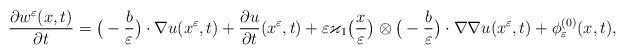
LaTeX: \begin{align*}\frac{\partial w^{\varepsilon}(x, t)}{\partial t} =\big( - \frac{b}{\varepsilon} \big) \cdot \nabla u (x^\varepsilon, t) + \frac{\partial u}{\partial t} (x^\varepsilon, t) + \varepsilon \varkappa_1 \big(\frac{x}{\varepsilon}\big)\otimes \big( - \frac{b}{\varepsilon} \big) \cdot \nabla \nabla u (x^\varepsilon, t) + \phi_\varepsilon^{(0)}(x,t),\end{align*}